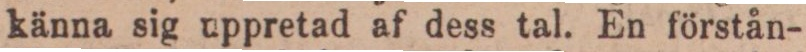
känna sig uppretad af dess tal. En förstån-